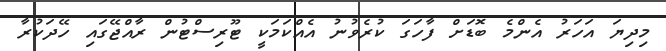
މިދިޔަ އަހަރު އެންމެ ބޮޑަށް ފާހަގަ ކުރެވުނު އެއްކަމަކީ ޓޫރިސްޓުން ރާއްޖޭގައި ހޭދަކުރާ